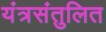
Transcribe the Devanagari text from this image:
यंत्रसंतुलित